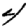
Digit: 4